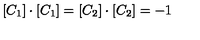
[ C _ { 1 } ] \cdot [ C _ { 1 } ] = [ C _ { 2 } ] \cdot [ C _ { 2 } ] = - 1